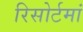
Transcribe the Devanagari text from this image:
रिसोर्टमां